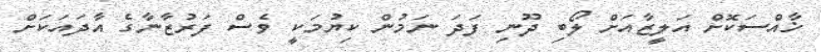
ޚާއްސަކޮށް އަލީޒާއަށް ލޯބި ދޫނި ފަދަ ނަމުން ކިޔުމަކީ ވެސް ފަރުޒާނާގެ އާދައަކަށް